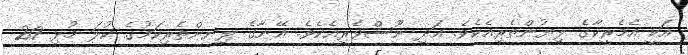
އަކީ އެމެރީކާގެ ލިޔުންތެރިއެކެވެ. އަދި ނޫސްވެރިއެކެވެ. އޭނާގެ ލިޔންތެރިކަމުގެ ކުލަ މުޅި 20